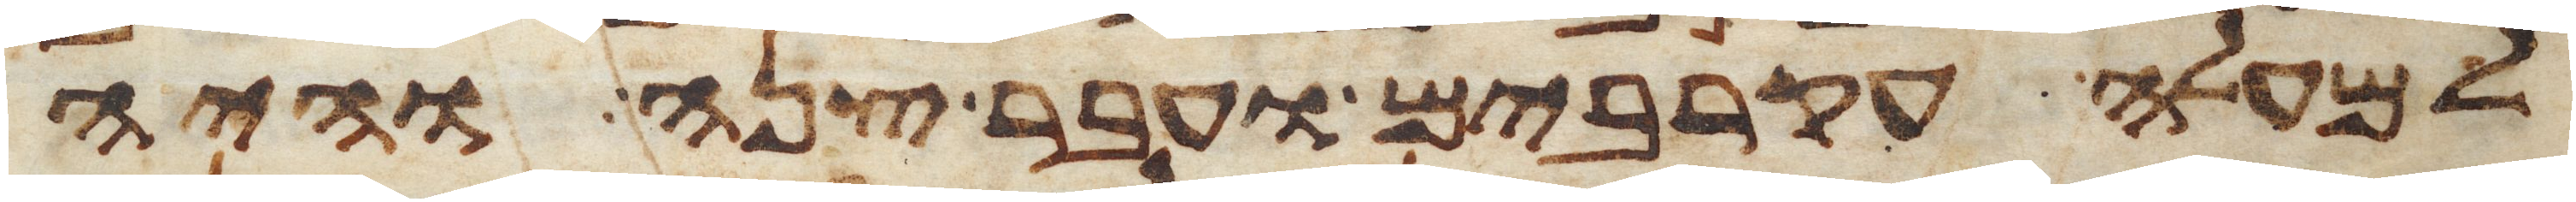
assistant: למעלה עקרבים ועבר צנה והיה